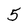
Character: 5